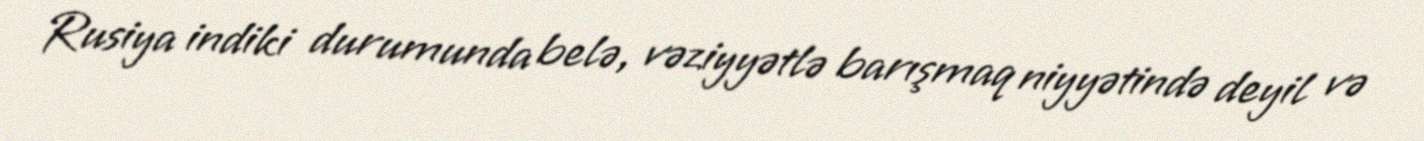
Rusiya indiki durumunda belə, vəziyyətlə barışmaq niyyətində deyil və